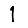
Digit: 1